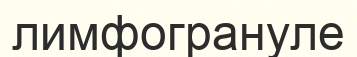
лимфогрануле